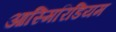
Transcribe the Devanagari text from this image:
आस्मिरिडियम